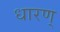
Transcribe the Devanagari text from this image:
धारण्